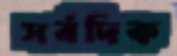
সর্বদিক